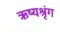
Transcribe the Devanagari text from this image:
ऋष्यश्रृंग